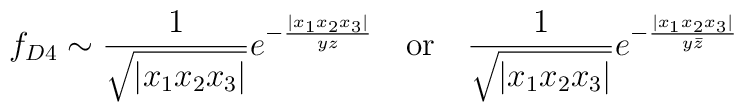
f_{D4}\sim \frac{1}{\sqrt{|x_1x_2x_3|}}e^{-\frac{|x_1x_2x_3|}{yz}} \quad \mbox{or} \quad\frac{1}{\sqrt{|x_1x_2x_3|}}e^{-\frac{|x_1x_2x_3|}{y\bar z}}